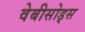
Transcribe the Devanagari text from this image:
वेबीसोड्स